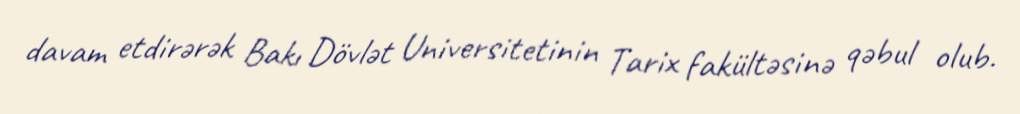
davam etdirərək Bakı Dövlət Universitetinin Tarix fakültəsinə qəbul olub.